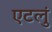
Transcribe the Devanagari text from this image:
एटलुं